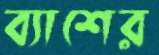
ব্যাশের